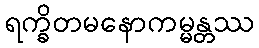
ရက္ခိတမနောကမ္မန္တဿ